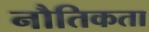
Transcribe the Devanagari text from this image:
नौतिकता